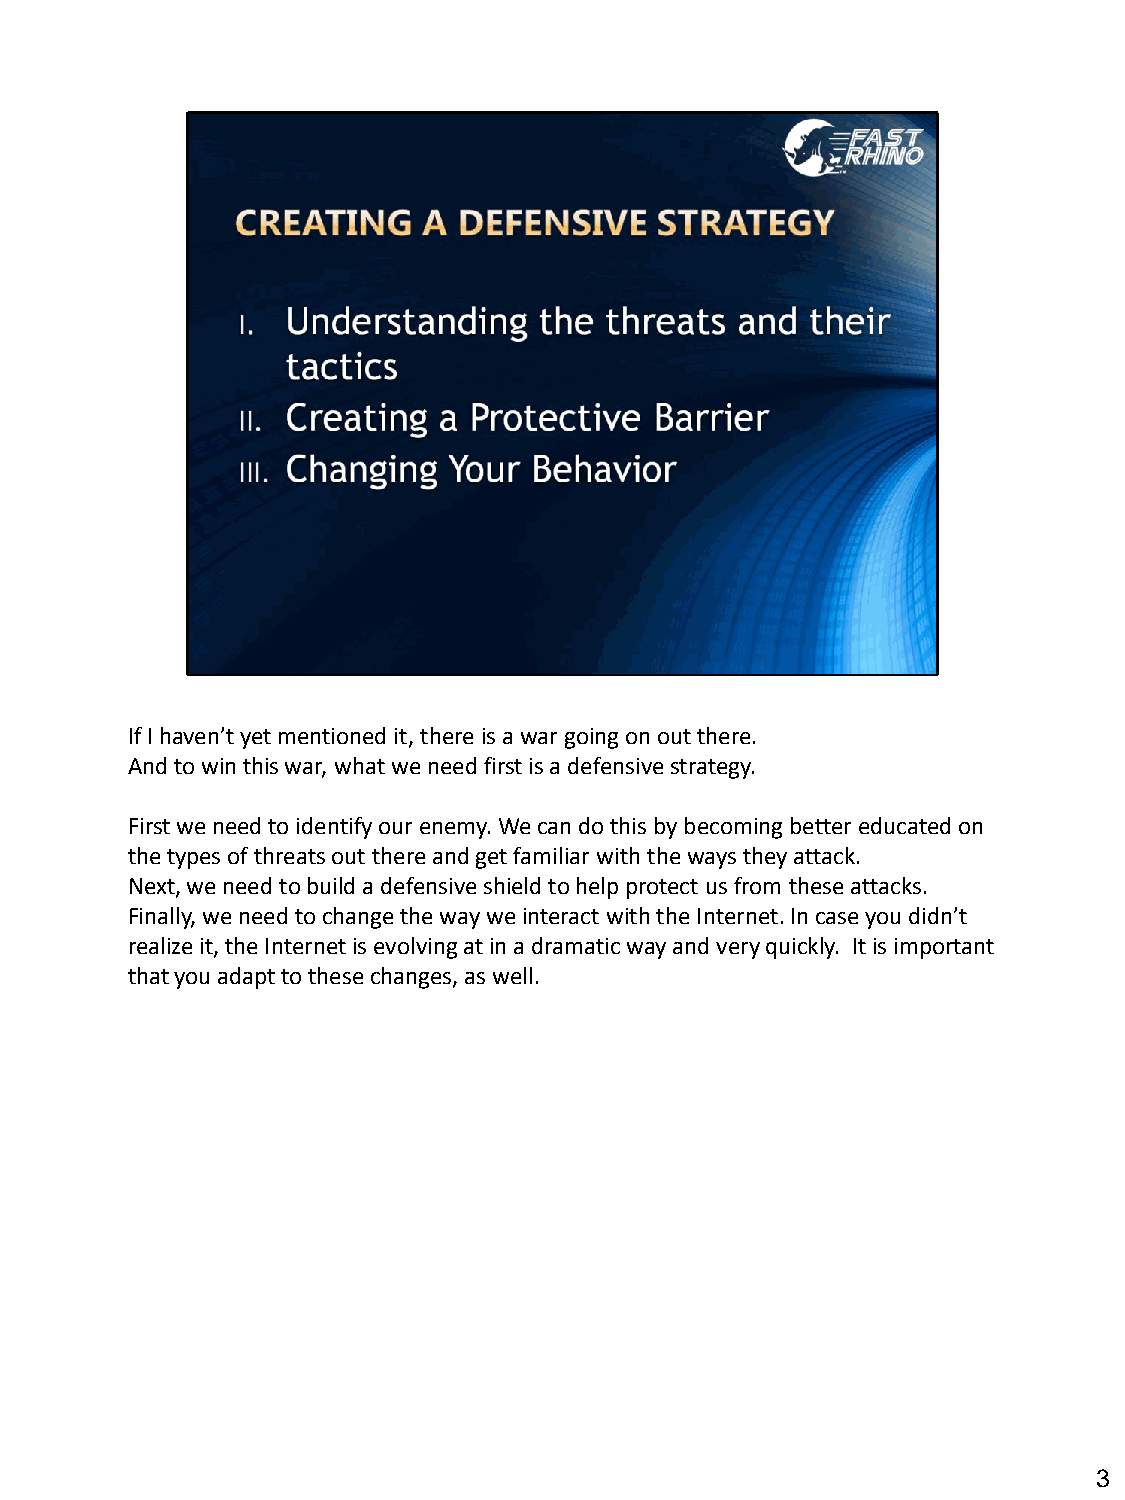
If I haven’t yet mentioned it, there is a war going on out there.
 And to win this war, what we need first is a defensive strategy.
 First we need to identify our enemy. We can do this by becoming better educated on
 the types of threats out there and get familiar with the ways they attack.
 Next, we need to build a defensive shield to help protect us from these attacks.
 Finally, we need to change the way we interact with the Internet. In case you didn’t
 realize it, the Internet is evolving at in a dramatic way and very quickly. It is important
 that you adapt to these changes, as well.
 3